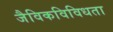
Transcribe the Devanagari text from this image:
जैविकविविधता